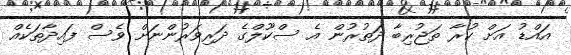
އައްޑު އަށް ކުރާ ތަޖުރިބާ ދަތުރުން އެ ސްކޫލްގެ ދަރިވަރުންނަށް ވެސް ފައިދާތަކެއް